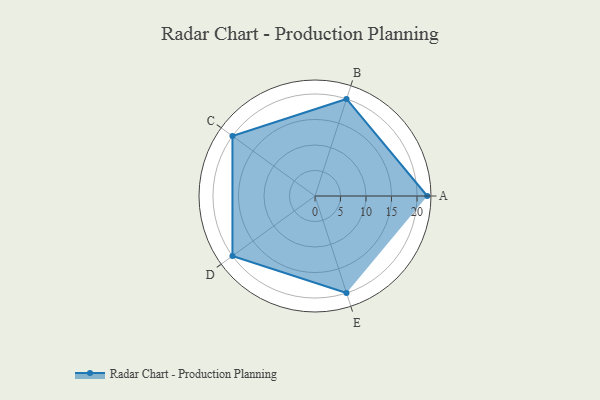
{"axis": {"x": "Skill", "y": "Score"}, "legend": ["Profile"], "data": [{"x": "A", "y": 22.0, "type": "Profile"}, {"x": "B", "y": 20, "type": "Profile"}, {"x": "C", "y": 20, "type": "Profile"}, {"x": "D", "y": 20, "type": "Profile"}, {"x": "E", "y": 20, "type": "Profile"}]}